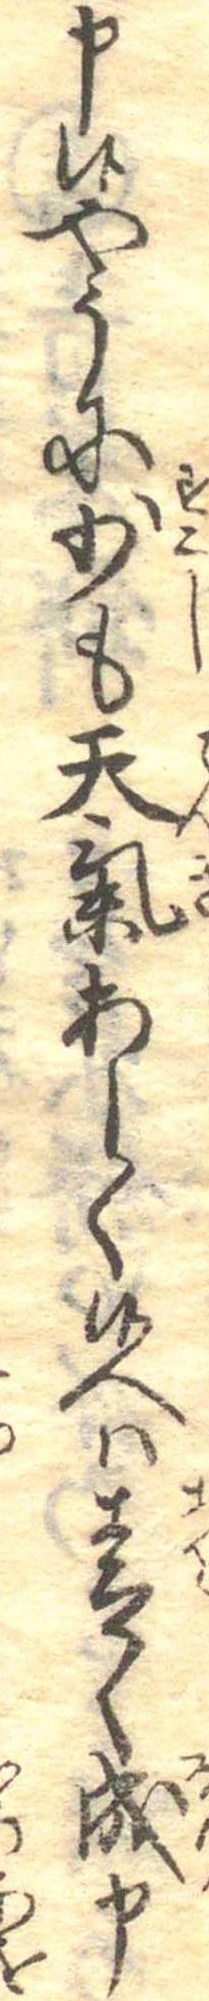
申候やうに少も天気あしく候へは青く成申